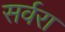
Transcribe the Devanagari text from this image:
सर्वरा